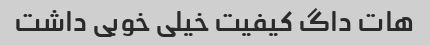
هات داگ کیفیت خیلی خوبی داشت